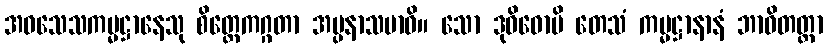
အဝသေသကမ္မဋ္ဌာနေသု စိတ္တေကဂ္ဂတာ အပ္ပနာသမာဓိ။ သော ဒုဝိဓောပိ တေသံ ကမ္မဋ္ဌာနာနံ ဘာဝိတတ္တာ